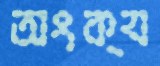
অংক্য